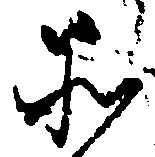
所